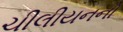
ચીલીયનનો